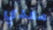
معدي